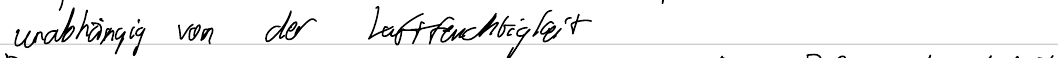
unabhängig von der Luftfeuchtigkeit